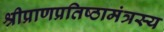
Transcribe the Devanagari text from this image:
श्रीप्राणप्रतिष्ठामंत्रस्य